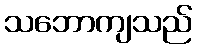
သဘောကျသည်